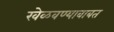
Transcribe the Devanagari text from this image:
खेळवण्याबाबत